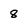
Character: 8